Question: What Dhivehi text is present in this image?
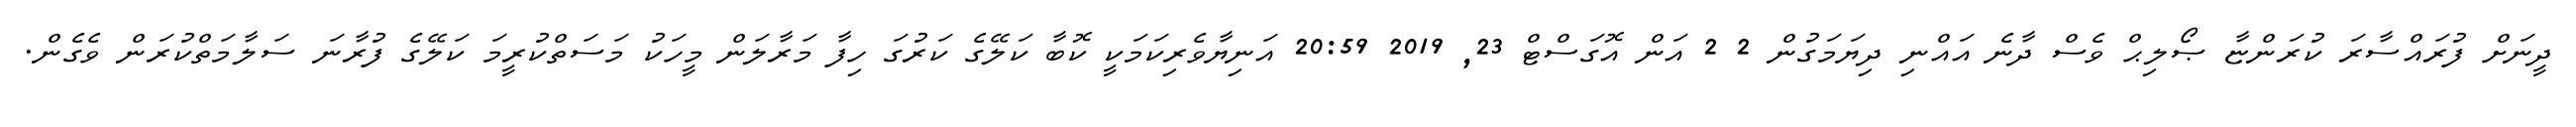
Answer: ދީނަށް ފުރައްސާރަ ކުރަންޏާ ޞޯލިޙް ވެސް ދާނެ އައްނި ދިޔަމަގުން 2 2 އަން އޮގަސްޓް 23, 2019 20:59 އަނިޔާވެރިކަމަކީ ކޮބާ ކަލޭގެ ކަރުގަ ހިފާ މަރާލަން މީހަކު މަސަތްކުރީމަ ކަލޭގެ ފުރާނަ ސަލާމަތްކުރަން ވެގެން.